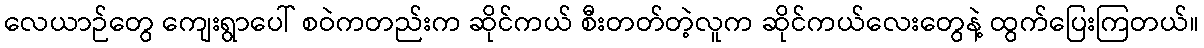
လေယာဉ်တွေ ကျေးရွာပေါ် စဝဲကတည်းက ဆိုင်ကယ် စီးတတ်တဲ့လူက ဆိုင်ကယ်လေးတွေနဲ့ ထွက်ပြေးကြတယ်။